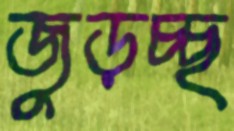
জুড়চ্ছ